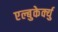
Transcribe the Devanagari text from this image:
एल्बुकेर्क्यु